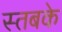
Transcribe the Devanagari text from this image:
स्तबके